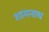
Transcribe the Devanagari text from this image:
शामनाथ